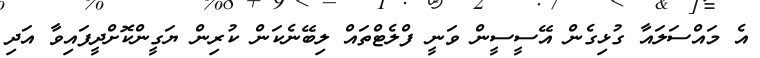
އެ މައްސަލައާ ގުޅިގެން އޭސީސީން ވަނީ ފްލެޓްތައް ލިބޭނެކަން ކުރިން ޔަގީންކޮށްދީފައިވާ އަދި